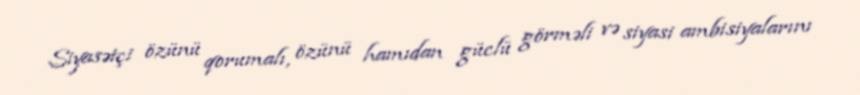
Siyasətçi özünü qorumalı, özünü hamıdan güclü görməli və siyasi ambisiyalarını